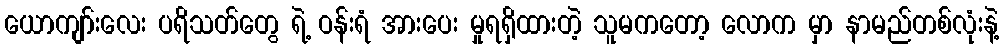
ယောကျာ်းလေး ပရိသတ်တွေ ရဲ့ ဝန်းရံ အားပေး မှုရရှိထားတဲ့ သူမကတော့ လောက မှာ နာမည်တစ်လုံးနဲ့